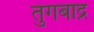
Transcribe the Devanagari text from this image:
तुंगबाद्र